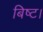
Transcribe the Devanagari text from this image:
बिष्ट।